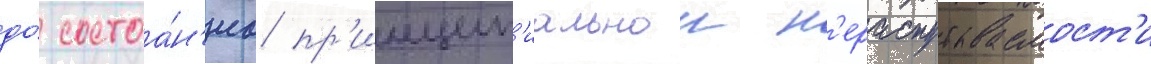
до́ состоа́н'иа пр'инцип'иальнои н'ераспутываемост'и